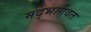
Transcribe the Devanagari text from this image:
मद्भागवत